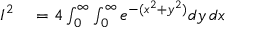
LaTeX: \begin{array} { r l } { I ^ { 2 } } & { { } = 4 \int _ { 0 } ^ { \infty } \int _ { 0 } ^ { \infty } e ^ { - ( x ^ { 2 } + y ^ { 2 } ) } d y \, d x } \end{array}